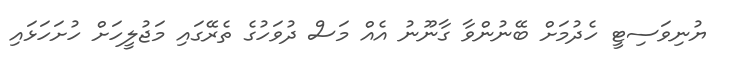
ޔުނިވަސިޓީ ހެދުމަށް ބޭނުންވާ ގާނޫނު އެއް މަސް ދުވަހުގެ ތެރޭގައި މަޖުލީހަށް ހުށަހަޅައި